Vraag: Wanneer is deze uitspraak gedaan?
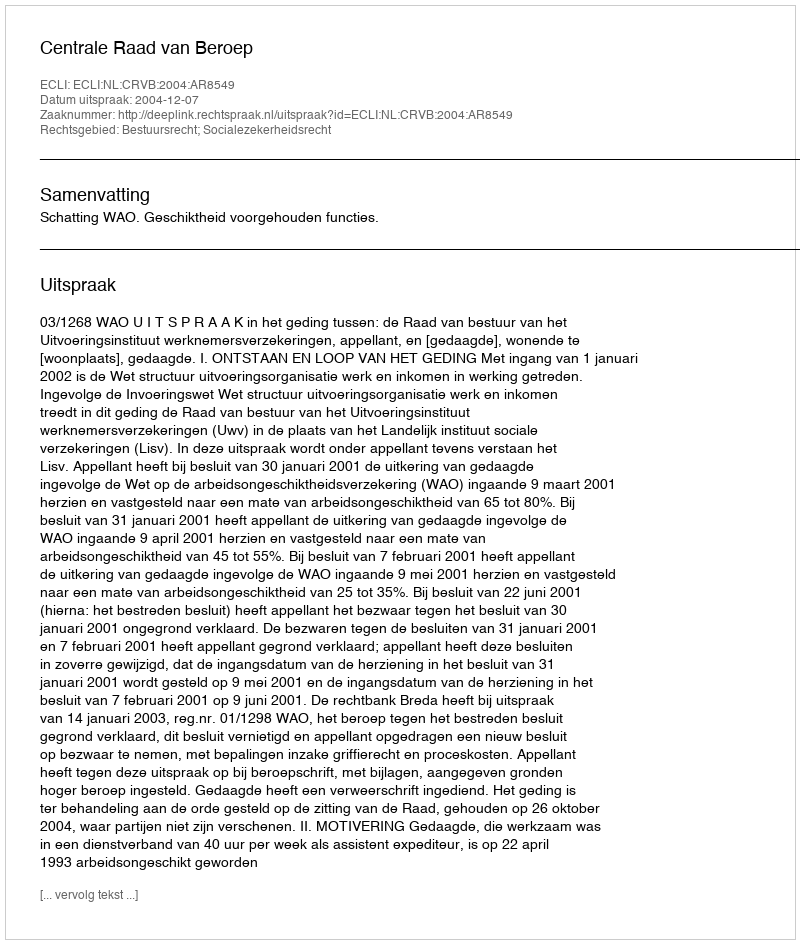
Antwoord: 2004-12-07